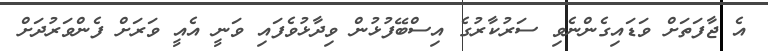
އެ ޖާފަތަށް ވަޑައިގެންނެވި ސަރުކާރުގެ އިސްބޭފުޅުން ވިދާޅުވެފައި ވަނީ އެއީ ވަަރަށް ފެންވަރުދަށް